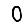
Digit: 0